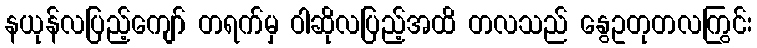
နယုန်လပြည့်ကျော် တရက်မှ ဝါဆိုလပြည့်အထိ တလသည် နွေဥတုတလကြွင်း